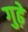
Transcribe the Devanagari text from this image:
गुढ़े